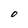
Character: O